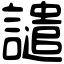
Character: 譴